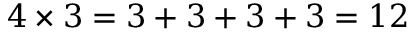
4 \times 3 = 3 + 3 + 3 + 3 = 1 2